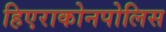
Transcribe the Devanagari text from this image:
हिएराकोनपोलिस